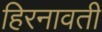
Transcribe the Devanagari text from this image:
हिरनावती